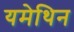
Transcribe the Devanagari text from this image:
यमेथिन